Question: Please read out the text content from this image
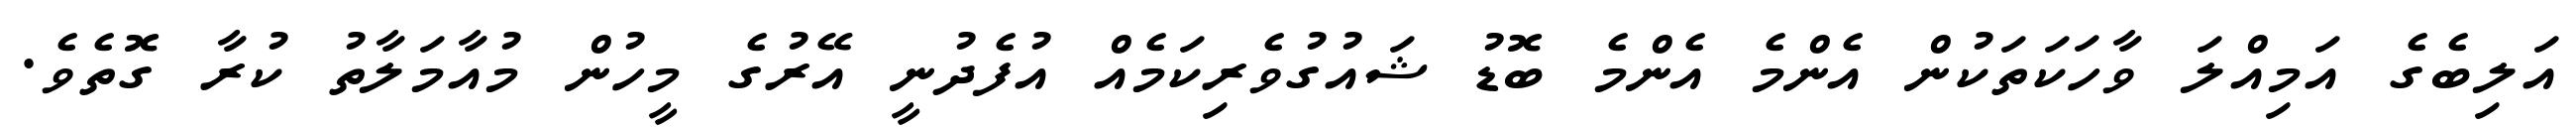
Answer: އަލިބެގެ އަމިއްލަ ވާހަކަތަކުން އެންމެ އެންމެ ބޮޑު ޝައުގުވެރިކަމެއް އުފެދުނީ އޭރުގެ މީހުން މުއާމަލާތު ކުރާ ގޮތެވެ.